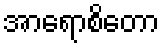
အာရောစိတော